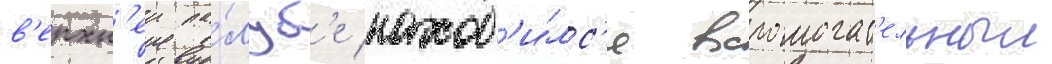
в'ерхн'еи па́луб'е наход'и́лс'я вспомогат'ельныи